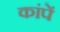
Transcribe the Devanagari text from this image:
कांपें